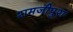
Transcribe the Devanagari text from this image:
रामजीपुरा